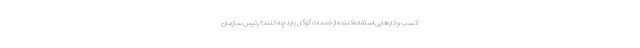
کسب و کارهایی استفاده‌کننده از خدمات گوگل باید چه کنند؟ رئیس سازمان